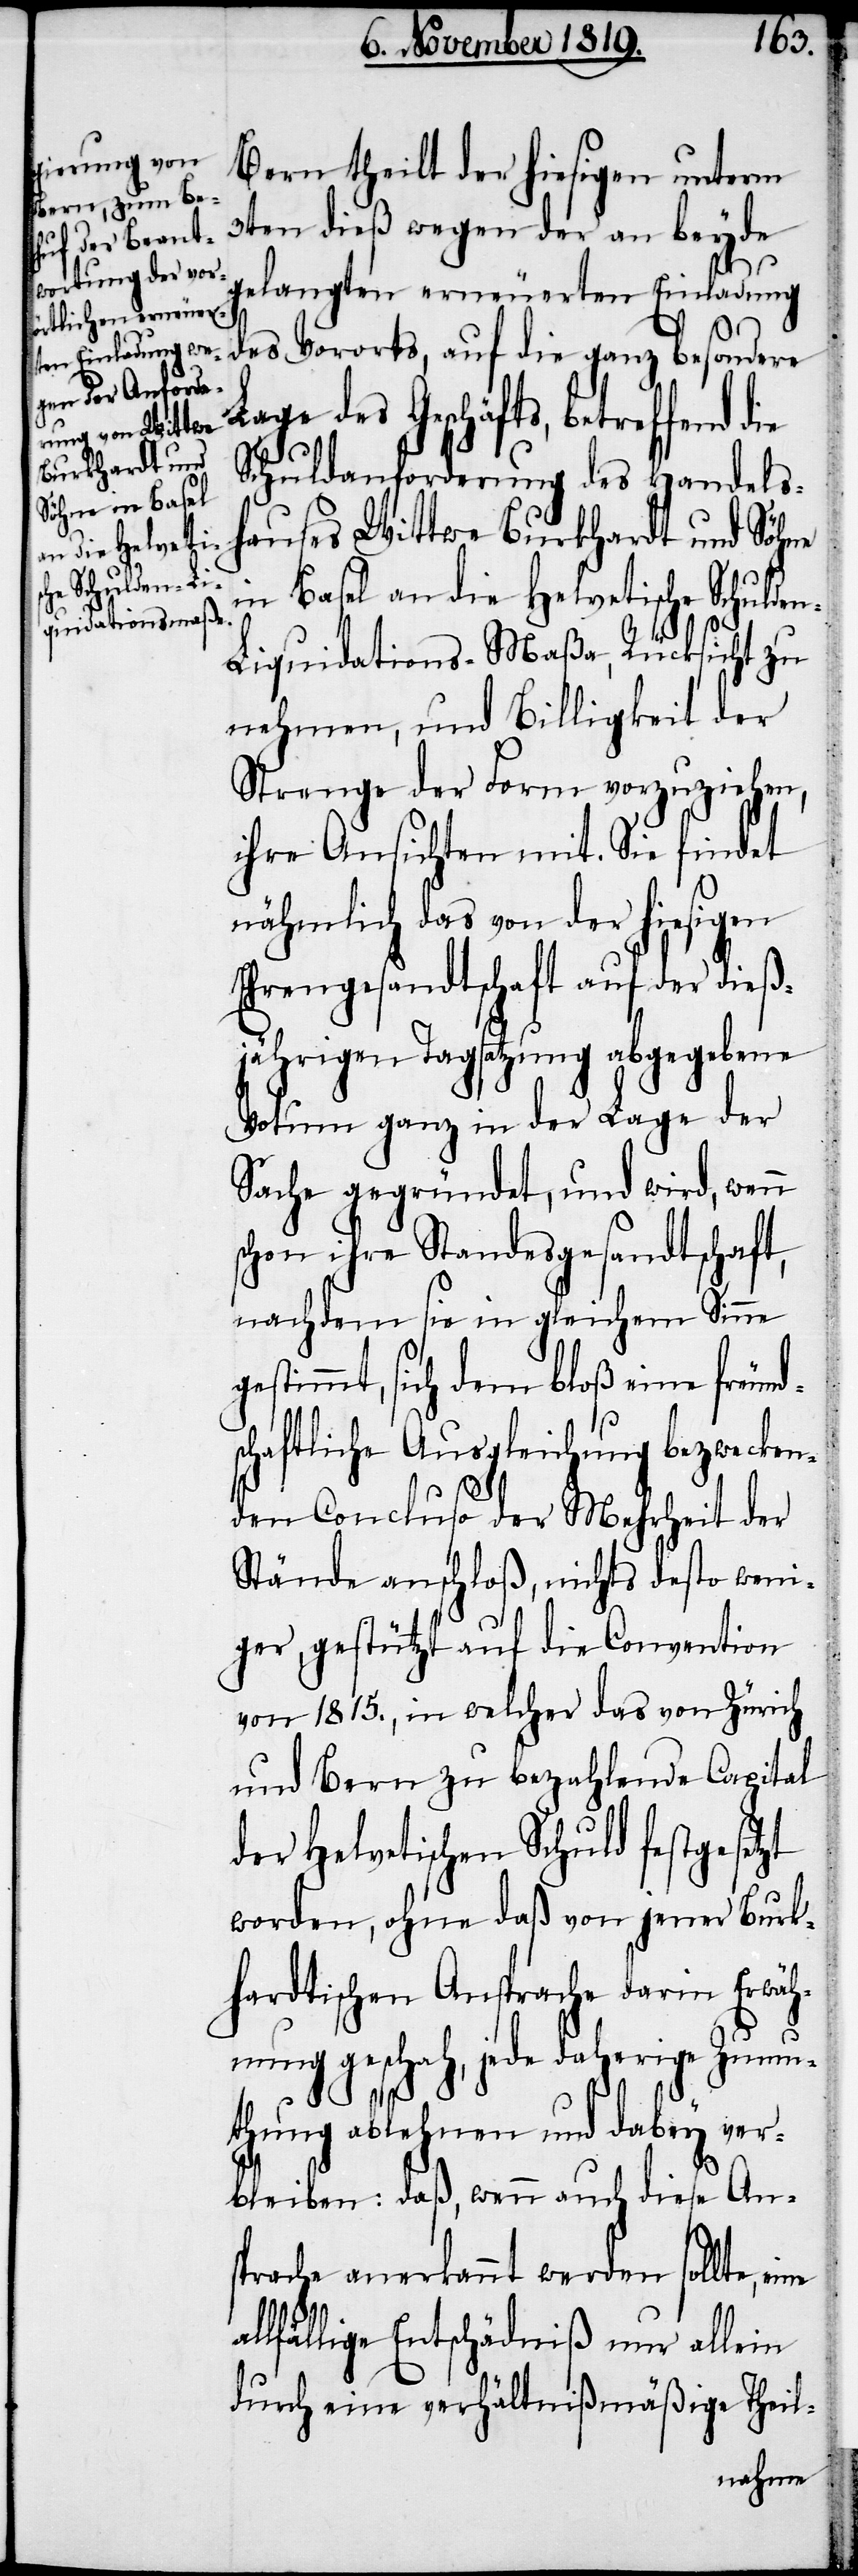
Bern theilt der hiesigen unterm
3ten dieß wegen der an beyde
gelangten erneuerten Einladung
des Geschäfts, betreffend
Schuldanforderung des Handels¬
hauses Wittwe Burkhardt und Söhne
eine a¬
des Vorortes,
in Basel an die Helvetische Schulde¬
n-Liquidations-Maßa, Rücksicht zu
nehmen, und Billigkeit der
Strenge der Form vorzuziehen,
ihre Ansichten mit. Sie findet
nähmlich das von der hiesigen
Ehrengesandtschaft auf der dieß¬
jährigen Tagsatzung abgegebene
Votum ganz in der Lage der
Sache gegründet, und wird, wenn
schon ihre Standesgesandtschaft,
nachdem sie in gleichem Sinne g¬
estimmt, sich dem bloß eine freund¬
schaftliche Ausgleichung bezwecken¬
den Concluso der Mehrheit der
Stände anschloß, nichts desto weni¬
ger, gestützt auf die Convention
von 1815., in welcher das von Zürich
und Bern zu bezahlende Capital
der Helvetischen Schuld festgesetzt
worden, ohne daß von jener Burk¬
hardtischen Ansprache darin Erwäh¬
nung geschah, jede daherige Zumu¬
thung ablehnen und dabey ver¬
bleiben: daß, wenn auch diese An¬
sprache anerkannt werden sollte,
llfällige Entschädniß nur allein
durch eine verhältnißmäßige Theil-